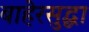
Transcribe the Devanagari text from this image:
बाहेरसुद्धा